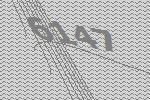
6147